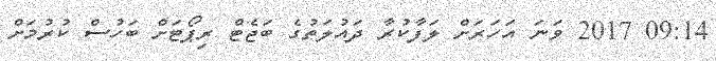
09:14 2017 ވަނަ އަހަރަށް ލަފާކުރާ ދައުލަތުގެ ބަޖެޓް ރިޕޯޓަށް ބަހުސް ކުރުމަށް